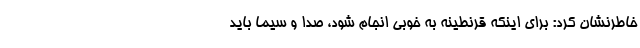
خاطرنشان کرد: برای اینکه قرنطینه به خوبی انجام شود، صدا و سیما باید